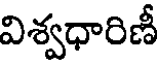
విశ్వధారిణీ